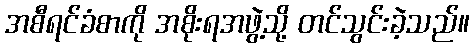
အစီရင်ခံစာကို အစိုးရအဖွဲ့သို့ တင်သွင်းခဲ့သည်။